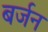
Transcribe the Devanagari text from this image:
बर्जन